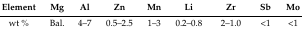
<table><thead><tr><td><b>Element</b></td><td><b>Mg</b></td><td><b>Al</b></td><td><b>Zn</b></td><td><b>Mn</b></td><td><b>Li</b></td><td><b>Zr</b></td><td><b>Sb</b></td><td><b>Mo</b></td></tr></thead><tbody><tr><td>wt %</td><td>Bal.</td><td>4–7</td><td>0.5–2.5</td><td>1–3</td><td>0.2–0.8</td><td>2–1.0</td><td>&lt;1</td><td>&lt;1</td></tr></tbody></table>